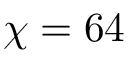
\chi = 6 4